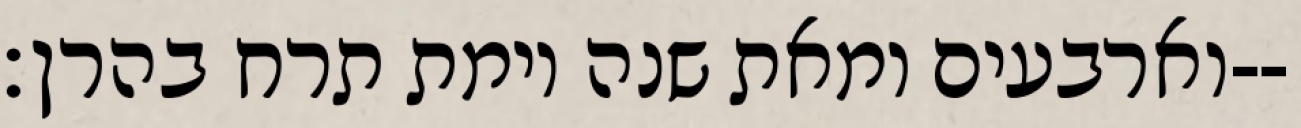
וארבעים ומאת שנה וימת תרח בהרן׃--